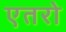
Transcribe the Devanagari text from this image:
एतरो